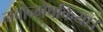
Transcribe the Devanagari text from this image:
नवोन्मेषकिया।